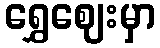
ရွှေဈေးမှာ